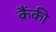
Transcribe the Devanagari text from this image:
क्रैंकी